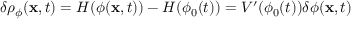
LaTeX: \delta \rho _ { \phi } ( { \bf x } , t ) = { \cal H } ( \phi ( { \bf x } , t ) ) - { \cal H } ( \phi _ { 0 } ( t ) ) = V ^ { \prime } ( \phi _ { 0 } ( t ) ) \delta \phi ( { \bf x } , t )